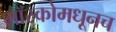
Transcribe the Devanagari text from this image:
मॉस्कोमधूनच